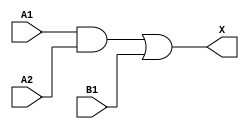
module sky130_fd_sc_lp__a21o (
    X ,
    A1,
    A2,
    B1
);

    // Module ports
    output X ;
    input  A1;
    input  A2;
    input  B1;

    // Local signals
    wire and0_out ;
    wire or0_out_X;

    //  Name  Output     Other arguments
    and and0 (and0_out , A1, A2         );
    or  or0  (or0_out_X, and0_out, B1   );
    buf buf0 (X        , or0_out_X      );

endmodule